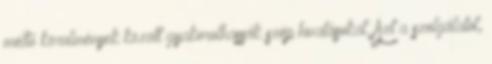
méltó körülmények között gyakorolhassák szép hivatásukat. Azt a szolgálatot,